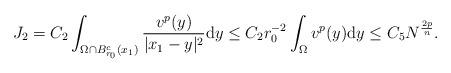
LaTeX: \begin{align*}J_2=C_{2}\int_{\Omega \cap B_{r_{0}}^c(x_1)} \frac{v^p (y)}{|x_1-y|^2} \mathrm{d}y\leq C_{2}r_{0}^{-2}\int_{\Omega}v^p(y)\mathrm{d}y\leq C_{5} N^{\frac{2p}{n}}.\end{align*}